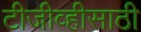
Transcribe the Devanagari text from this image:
टीजीव्हीसाठी